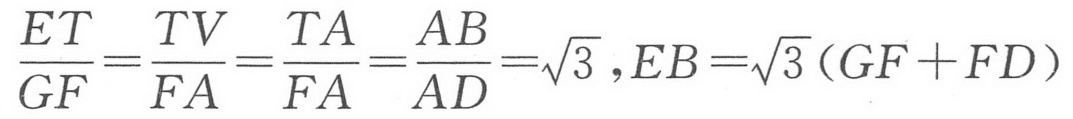
$\frac{ET}{GF}=\frac{TV}{FA}=\frac{TA}{FA}=\frac{AB}{AD}=\sqrt{3} ,EB=\sqrt{3}(GF + FD)$